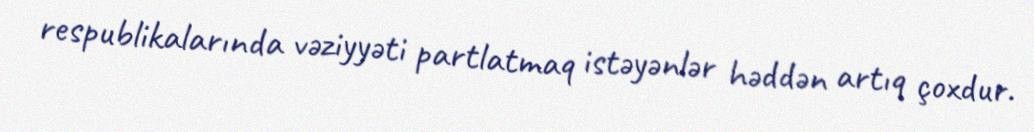
respublikalarında vəziyyəti partlatmaq istəyənlər həddən artıq çoxdur.